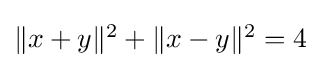
{\textstyle \|x+y\|^{2}+\|x-y\|^{2}=4}